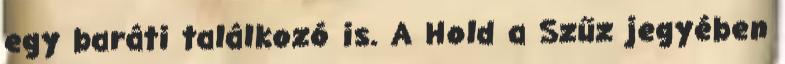
egy baráti találkozó is. A Hold a Szűz jegyében